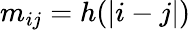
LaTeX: m_{ij}=h(|i-j|)